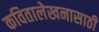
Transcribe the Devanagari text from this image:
कवितालेखनासाठी